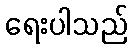
ရေးပါသည်